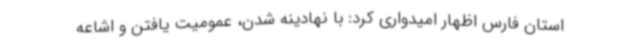
استان فارس اظهار امیدواری کرد: با نهادینه شدن، عمومیت یافتن و اشاعه